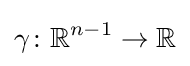
\gamma \colon \mathbb {R} ^{n-1}\rightarrow \mathbb {R}